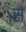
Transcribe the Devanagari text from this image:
स